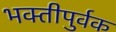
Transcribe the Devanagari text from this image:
भक्‍तीपुर्वक